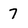
Character: 7